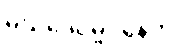
မဃဒေဝမ္ဗဝနေတိ